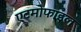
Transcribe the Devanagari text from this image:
एटमोफाइल